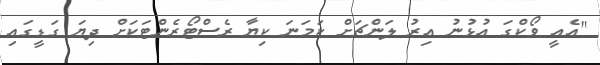
"އެއީ ވޯކްގަ އުޅުނު އިރު ލަންޗަށް ކަމަނަ ކިޔާ ރެސްޓޯރެންޓަކަށް ދިޔަ ގަޑީގައި